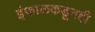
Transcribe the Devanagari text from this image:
इंफाळकडूनही